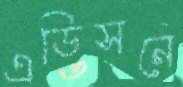
এডিসনে